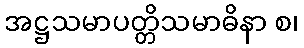
အဋ္ဌသမာပတ္တိသမာဓိနာ စ၊